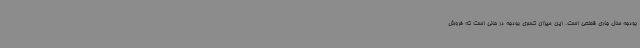
بودجه سال جاری قطعی است. این میزان کسری بودجه در حالی است که فروش